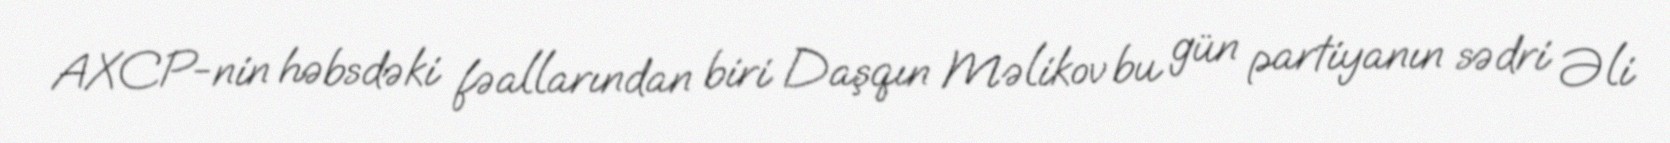
AXCP-nin həbsdəki fəallarından biri Daşqın Məlikov bu gün partiyanın sədri Əli